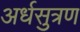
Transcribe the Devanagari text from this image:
अर्धसुत्रण